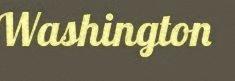
Washington